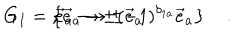
G _ { I } = \left\{ \vec { e } _ { a } \rightarrow \pm \vec { e } _ { a } \hspace { 0 . 3 c m } , \hspace { 0 . 3 c m } \vec { e } _ { a } \rightarrow \pm ( - 1 ) ^ { \delta _ { 1 a } } \vec { e } _ { a } \right\} \quad .